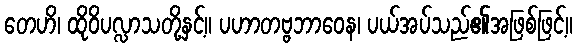
တေဟိ၊ ထိုဝိပလ္လာသတို့နှင့်။ ပဟာတဗ္ဗဘာဝေန၊ ပယ်အပ်သည်၏အဖြစ်ဖြင့်။